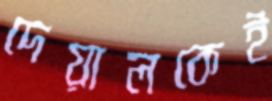
দেয়ালকেই